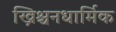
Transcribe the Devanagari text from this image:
ख्रिश्चनधार्मिक